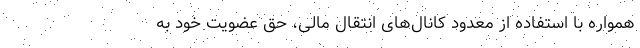
همواره با استفاده از معدود کانال‌های انتقال مالی، حق عضویت خود به